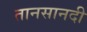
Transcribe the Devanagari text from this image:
तानसानदी